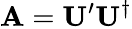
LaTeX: \mathbf{A}=\mathbf{U}^{\prime}\mathbf{U}^{\dagger}